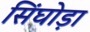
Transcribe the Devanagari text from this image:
सिंघोड़ा